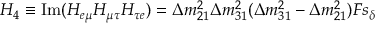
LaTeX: { \cal H } _ { 4 } \equiv \mathrm { I m } ( { \cal H } _ { e \mu } { \cal H } _ { \mu \tau } { \cal H } _ { \tau e } ) = \Delta m _ { 2 1 } ^ { 2 } \Delta m _ { 3 1 } ^ { 2 } ( \Delta m _ { 3 1 } ^ { 2 } - \Delta m _ { 2 1 } ^ { 2 } ) F s _ { \delta }